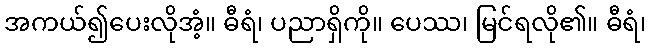
အကယ်၍ပေးလိုအံ့။ ဓီရံ၊ ပညာရှိကို။ ပေဿ၊ မြင်ရလို၏။ ဓီရံ၊